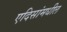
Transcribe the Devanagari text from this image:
एदिसांमधील